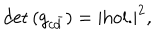
\det { ( g _ { c { \bar { d } } } ) } = | \mathrm { h o l . } | ^ { 2 } ,